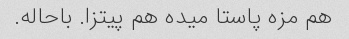
هم مزه پاستا میده هم پیتزا. باحاله.